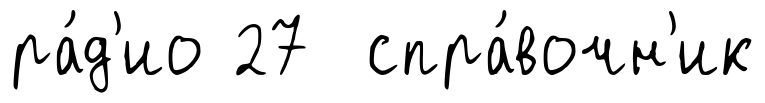
ра́д'ио 27 спра́вочн'ик